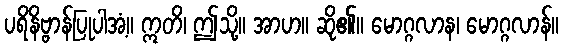
ပရိနိဗ္ဗာန်ပြုပါအံ့။ ဣတိ၊ ဤသို့။ အာဟ။ ဆို၏။ မောဂ္ဂလာန၊ မောဂ္ဂလာန်။